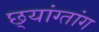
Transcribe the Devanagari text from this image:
छ्यांग्तांग